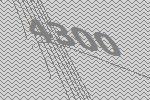
4300